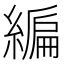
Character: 𦄟